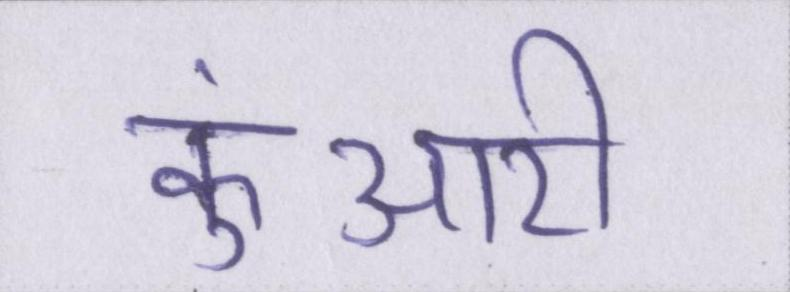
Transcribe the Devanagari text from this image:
कुंआरी